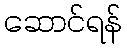
ဆောင်ရန်